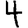
Digit: 4